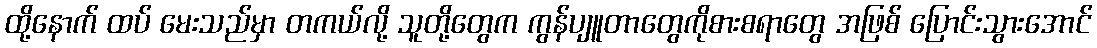
ထို့နောက် ထပ် မေးသည်မှာ တကယ်လို့ သူတို့တွေက ကွန်ပျူတာတွေကိုစားစရာတွေ အဖြစ် ပြောင်းသွားအောင်